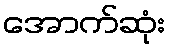
အောက်ဆုံး